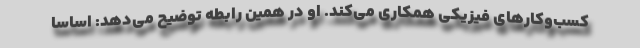
کسب‌وکارهای فیزیکی همکاری می‌کند. او در همین رابطه توضیح می‌دهد: اساسا